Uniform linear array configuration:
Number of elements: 8
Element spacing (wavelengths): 0.25
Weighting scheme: cosine
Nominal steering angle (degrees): -45
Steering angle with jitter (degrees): -43.646
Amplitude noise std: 0.05
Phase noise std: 0.05

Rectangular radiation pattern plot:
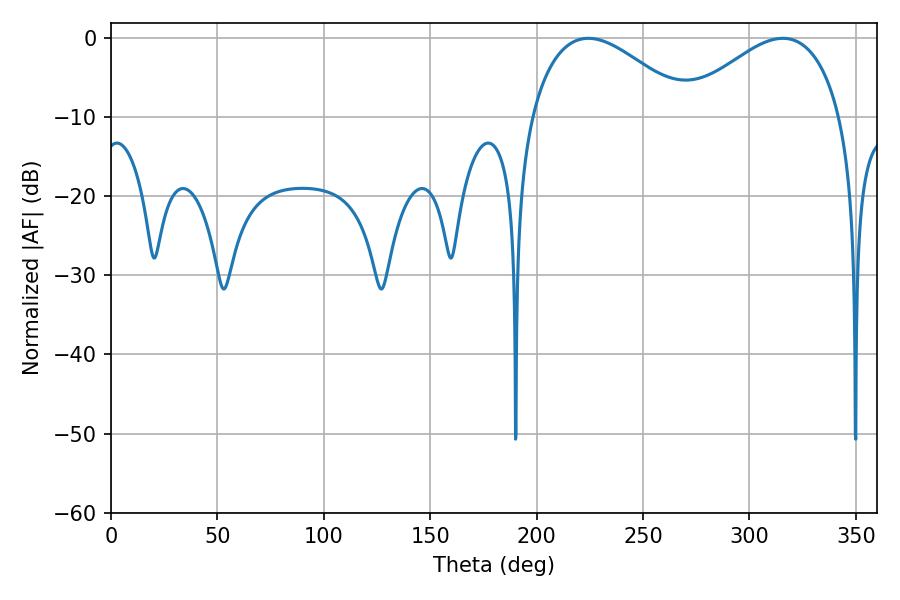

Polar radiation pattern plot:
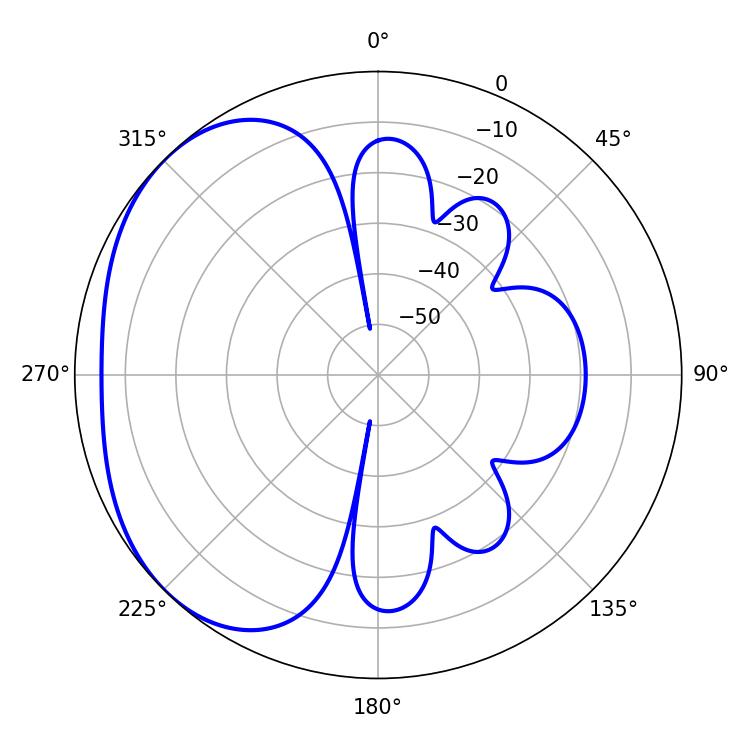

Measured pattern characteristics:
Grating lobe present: FALSE
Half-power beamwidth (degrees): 40.68
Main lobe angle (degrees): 224.28